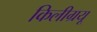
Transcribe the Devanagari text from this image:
किलीग्रयू